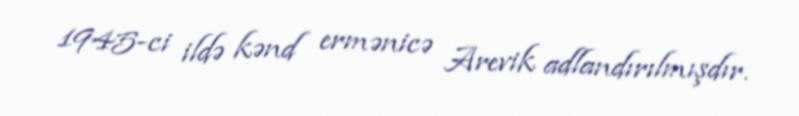
1945-ci ildə kənd ermənicə Arevik adlandırılmışdır.